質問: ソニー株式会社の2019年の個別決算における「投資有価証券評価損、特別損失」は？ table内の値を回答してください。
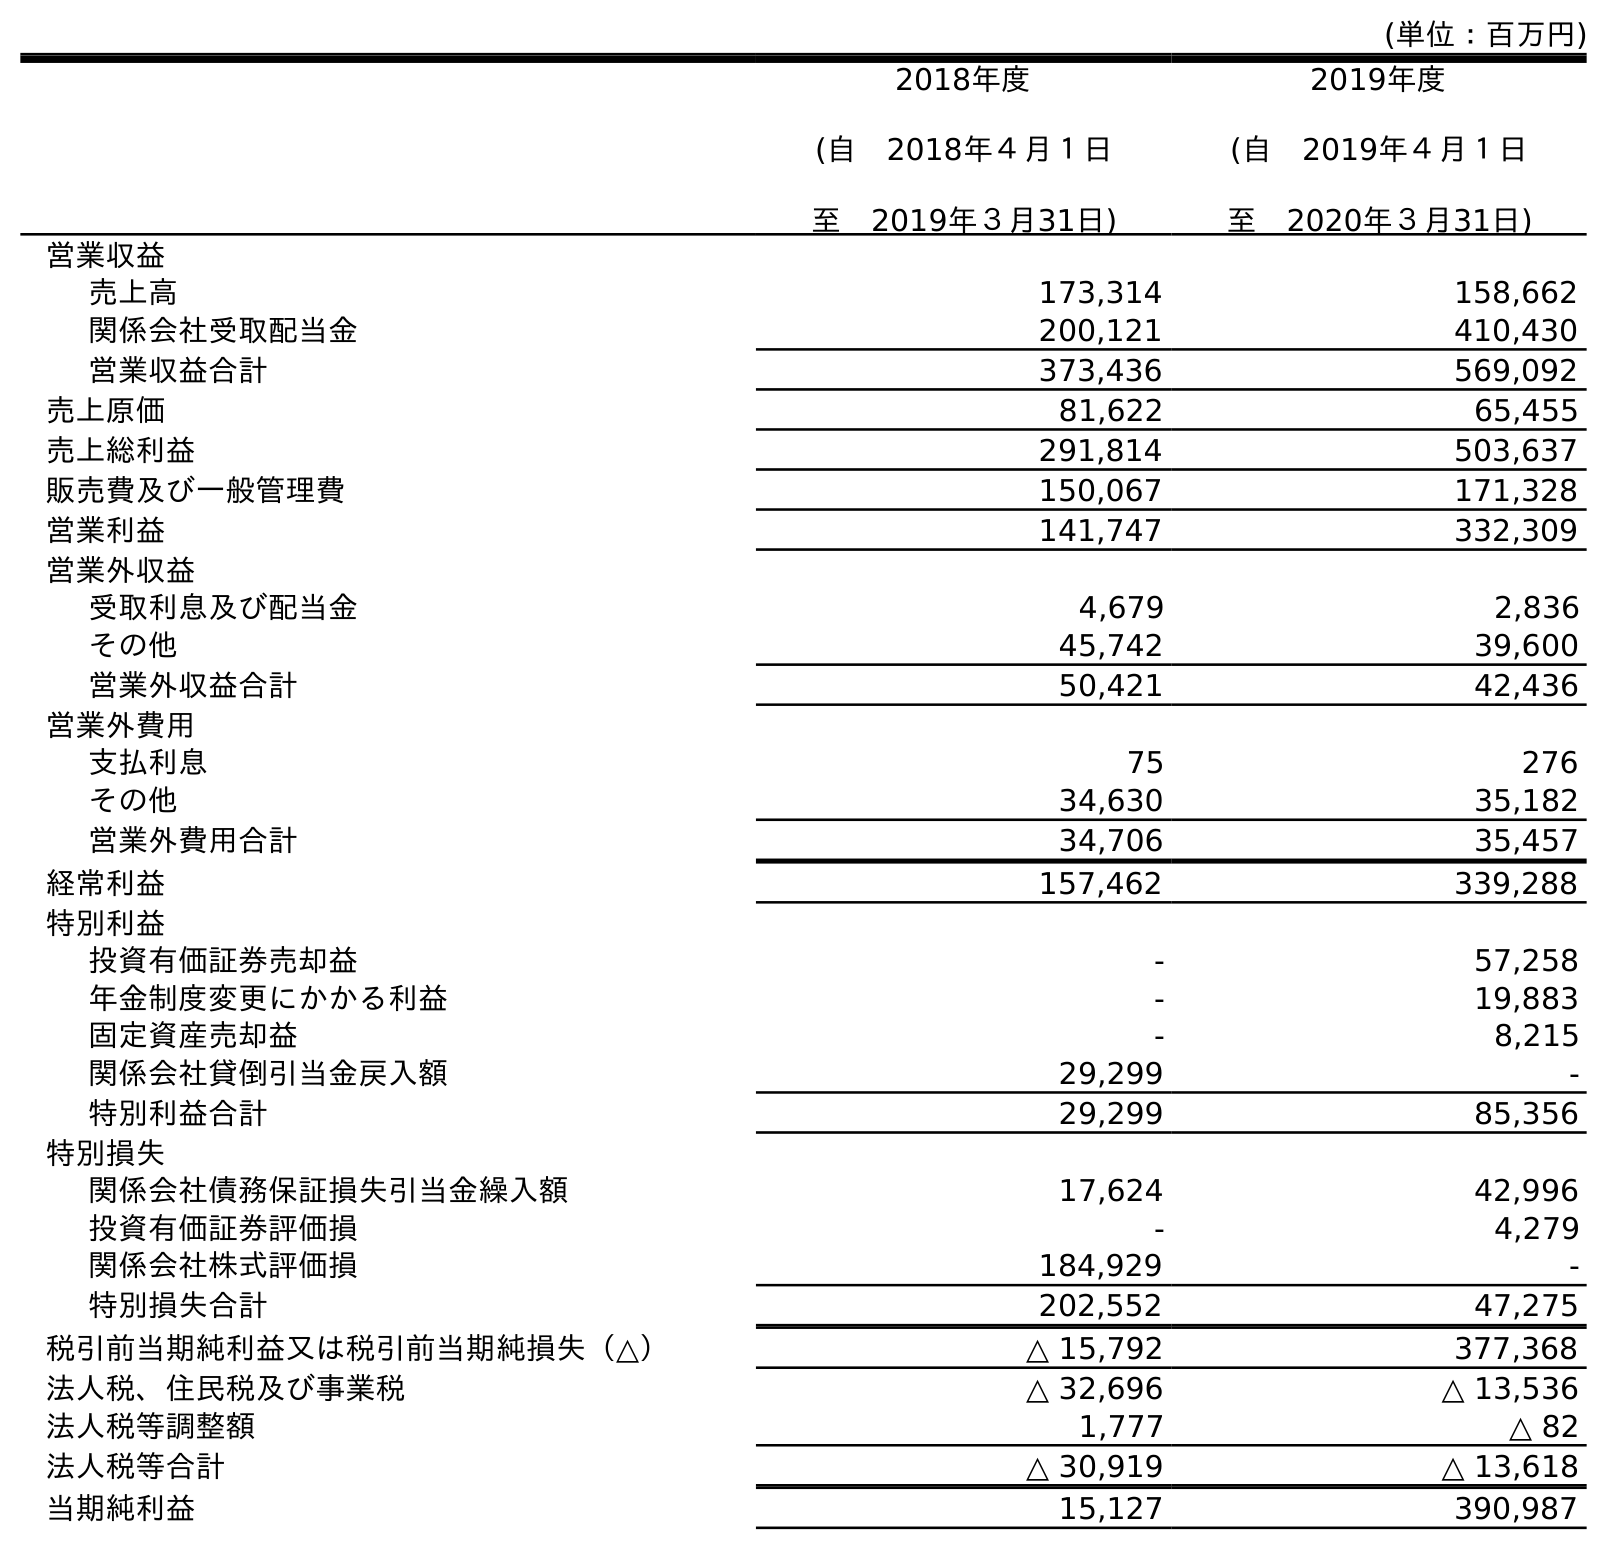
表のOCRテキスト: (単位：百万円) 2018年度 (自 2018年４月１日 至 2019年３月31日) 2019年度 (自 2019年４月１日 至 2020年３月31日) 営業収益 売上高 173,314 158,662 関係会社受取配当金 200,121 410,430 営業収益合計 373,436 569,092 売上原価 81,622 65,455 売上総利益 291,814 503,637 販売費及び一般管理費 150,067 171,328 営業利益 141,747 332,309 営業外収益 受取利息及び配当金 4,679 2,836 その他 45,742 39,600 営業外収益合計 50,421 42,436 営業外費用 支払利息 75 276 その他 34,630 35,182 営業外費用合計 34,706 35,457 経常利益 157,462 339,288 特別利益 投資有価証券売却益 - 57,258 年金制度変更にかかる利益 - 19,883 固定資産売却益 - 8,215 関係会社貸倒引当金戻入額 29,299 - 特別利益合計 29,299 85,356 特別損失 関係会社債務保証損失引当金繰入額 17,624 42,996 投資有価証券評価損 - 4,279 関係会社株式評価損 184,929 - 特別損失合計 202,552 47,275 税引前当期純利益又は税引前当期純損失（△） △ 15,792 377,368 法人税、住民税及び事業税 △ 32,696 △ 13,536 法人税等調整額 1,777 △ 82 法人税等合計 △ 30,919 △ 13,618 当期純利益 15,127 390,987
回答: -